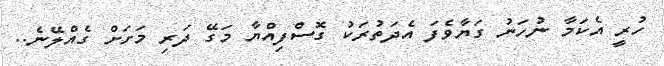
ހުރީ އެކަމާ ނުހަނު ގަޔާވެފަ އެދަތުރަކު ގޮސްފިއްޔާ މަގޭ ދަރި މަށަށް ގެއްލޭނެ..